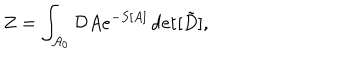
LaTeX: Z = \int _ { { \cal A } _ { 0 } } { \cal D } A e ^ { - S [ A ] } \det [ \tilde { D } ] ,